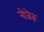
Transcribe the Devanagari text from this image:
नोजेज़